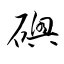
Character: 礇